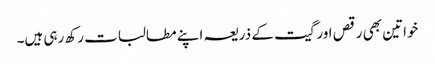
خواتین بھی رقص اورگیت کے ذریعہ اپنے مطالبات رکھ رہی ہیں۔